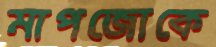
মাপজোকে